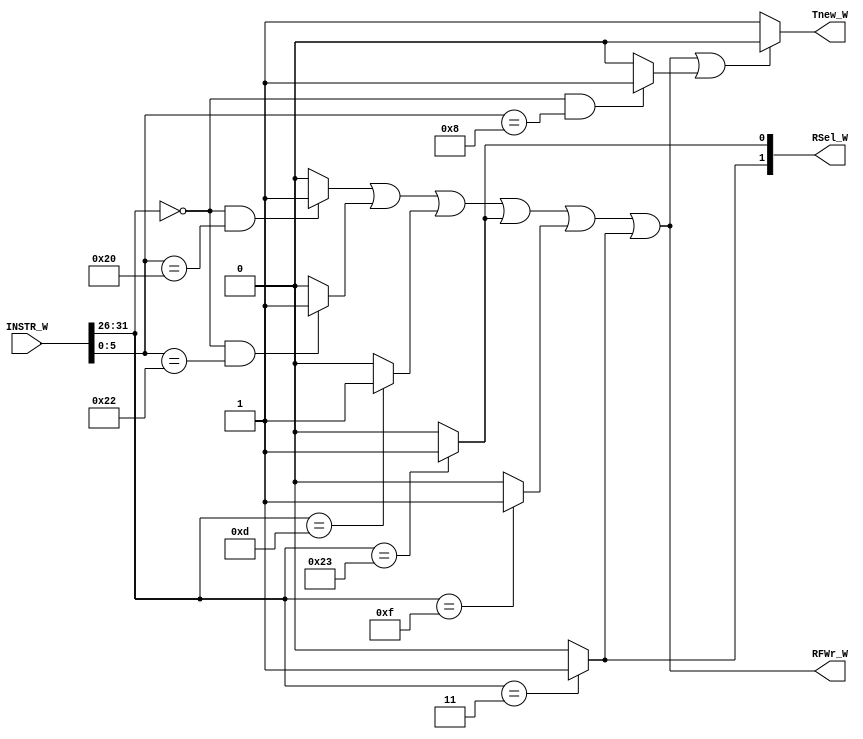
`timescale 1ns / 1ps
//////////////////////////////////////////////////////////////////////////////////
// Company: 
// Engineer: 
// 
// Design Name: 
// Module Name:    W_CONTROLLER 
// Project Name: 
// Target Devices: 
// Tool versions: 
// Description: 
//
// Dependencies: 
//
// Revision: 
// Revision 0.01 - File Created
// Additional Comments: 
//
//////////////////////////////////////////////////////////////////////////////////
module W_CONTROLLER(
    input [31:0] INSTR_W,
    output RFWr_W,
    output [1:0] RSel_W,
	 output Tnew_W
    );

wire [5:0] opcode;
wire [5:0] func;

assign opcode = INSTR_W[31:26];
assign func = INSTR_W[5:0];

assign add = (opcode == 6'b000000 && func == 6'b100000)? 1 : 0;
assign sub = (opcode == 6'b000000 && func == 6'b100010)? 1 : 0;
assign ori = (opcode == 6'b001101)? 1 : 0;
assign lw = (opcode == 6'b100011)? 1 : 0;
assign sw = (opcode == 6'b101011)? 1 : 0;
assign beq = (opcode == 6'b000100)? 1 : 0;
assign lui = (opcode == 6'b001111)? 1 : 0;
assign jal = (opcode == 6'b000011)? 1 : 0;
assign jr = (opcode == 6'b000000 && func == 6'b001000)? 1 : 0;

assign RFWr_W = add | sub | ori | lw | lui | jal;
assign RSel_W[0] = lw;
assign RSel_W[1] = jal; 
assign Tnew_W = (add | sub | ori | lw | lui | jal | jr  == 1) ? 0 : 1;
endmodule